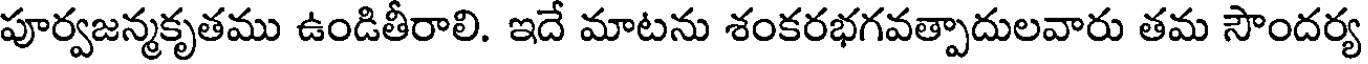
పూర్వజన్మకృతము ఉండితీరాలి. ఇదే మాటను శంకరభగవత్పాదులవారు తమ సౌందర్య